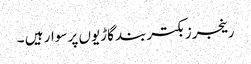
رینجرز بکتربند گاڑیوں پر سوار ہیں ۔